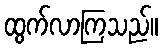
ထွက်လာကြသည်။